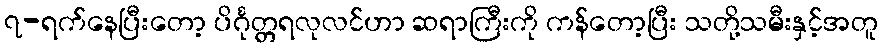
၇-ရက်နေပြီးတော့ ပိင်္ဂုတ္တရလုလင်ဟာ ဆရာကြီးကို ကန်တော့ပြီး သတို့သမီးနှင့်အတူ